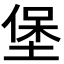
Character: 堡